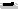
Text: -